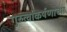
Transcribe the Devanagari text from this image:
गुरुत्वांकर्षणाच्या